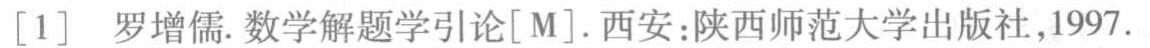
[1] 罗增儒. 数学解题学引论[M]. 西安:陕西师范大学出版社,1997.